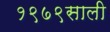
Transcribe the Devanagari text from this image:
१९७९साली